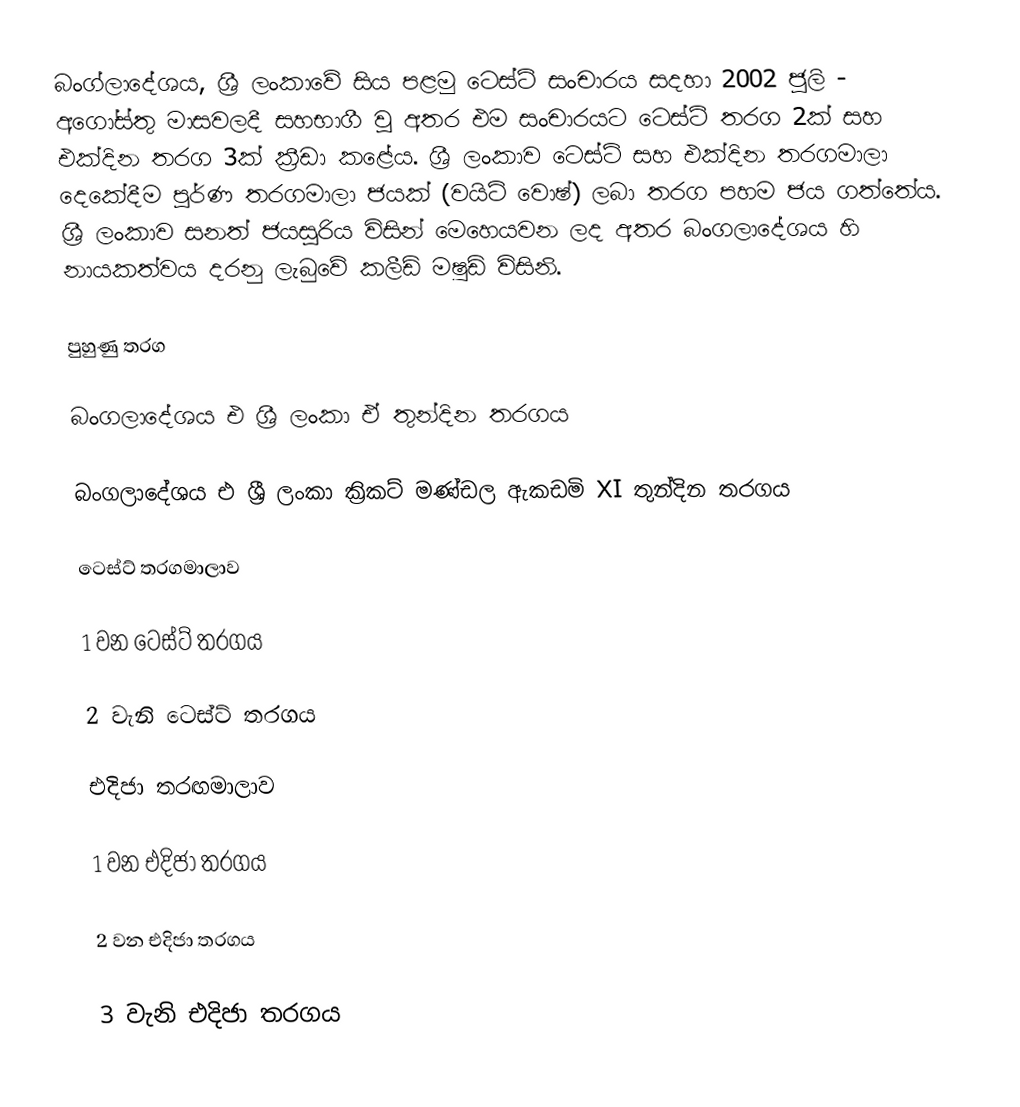
බංග්ලාදේශය, ශ්‍රී ලංකාවේ සිය පළමු ටෙස්ට් සංචාරය සදහා 2002 ජූලි - අගෝස්තු මාසවලදී සහභාගී වූ අතර එම සංචාරයට ටෙස්ට් තරග 2ක් සහ එක්දින තරග 3ක් ක්‍රීඩා කළේය. ශ්‍රී ලංකාව ටෙස්ට් සහ එක්දින තරගමාලා දෙකේදීම පූර්ණ තරගමාලා ජයක් (වයිට් වොෂ්) ලබා තරග පහම ජය ගත්තේය. ශ්‍රී ලංකාව සනත් ජයසූරිය විසින් මෙහෙයවන ලද අතර බංගලාදේශය හි නායකත්වය දරනු ලැබුවේ කලීඩ් මෂුඩ් විසිනි.

පුහුණු තරග

බංගලාදේශය එ ශ්‍රී ලංකා ඒ තුන්දින තරගය

බංගලාදේශය එ ශ්‍රී ලංකා ක්‍රිකට් මණ්ඩල ඇකඩමි XI තුන්දින තරගය

ටෙස්ට් තරගමාලාව

1 වන ටෙස්ට් තරගය

2 වැනි ටෙස්ට් තරගය

එදිජා තරඟමාලාව

1 වන එදිජා තරගය

2 වන එදිජා තරගය

3 වැනි එදිජා තරගය